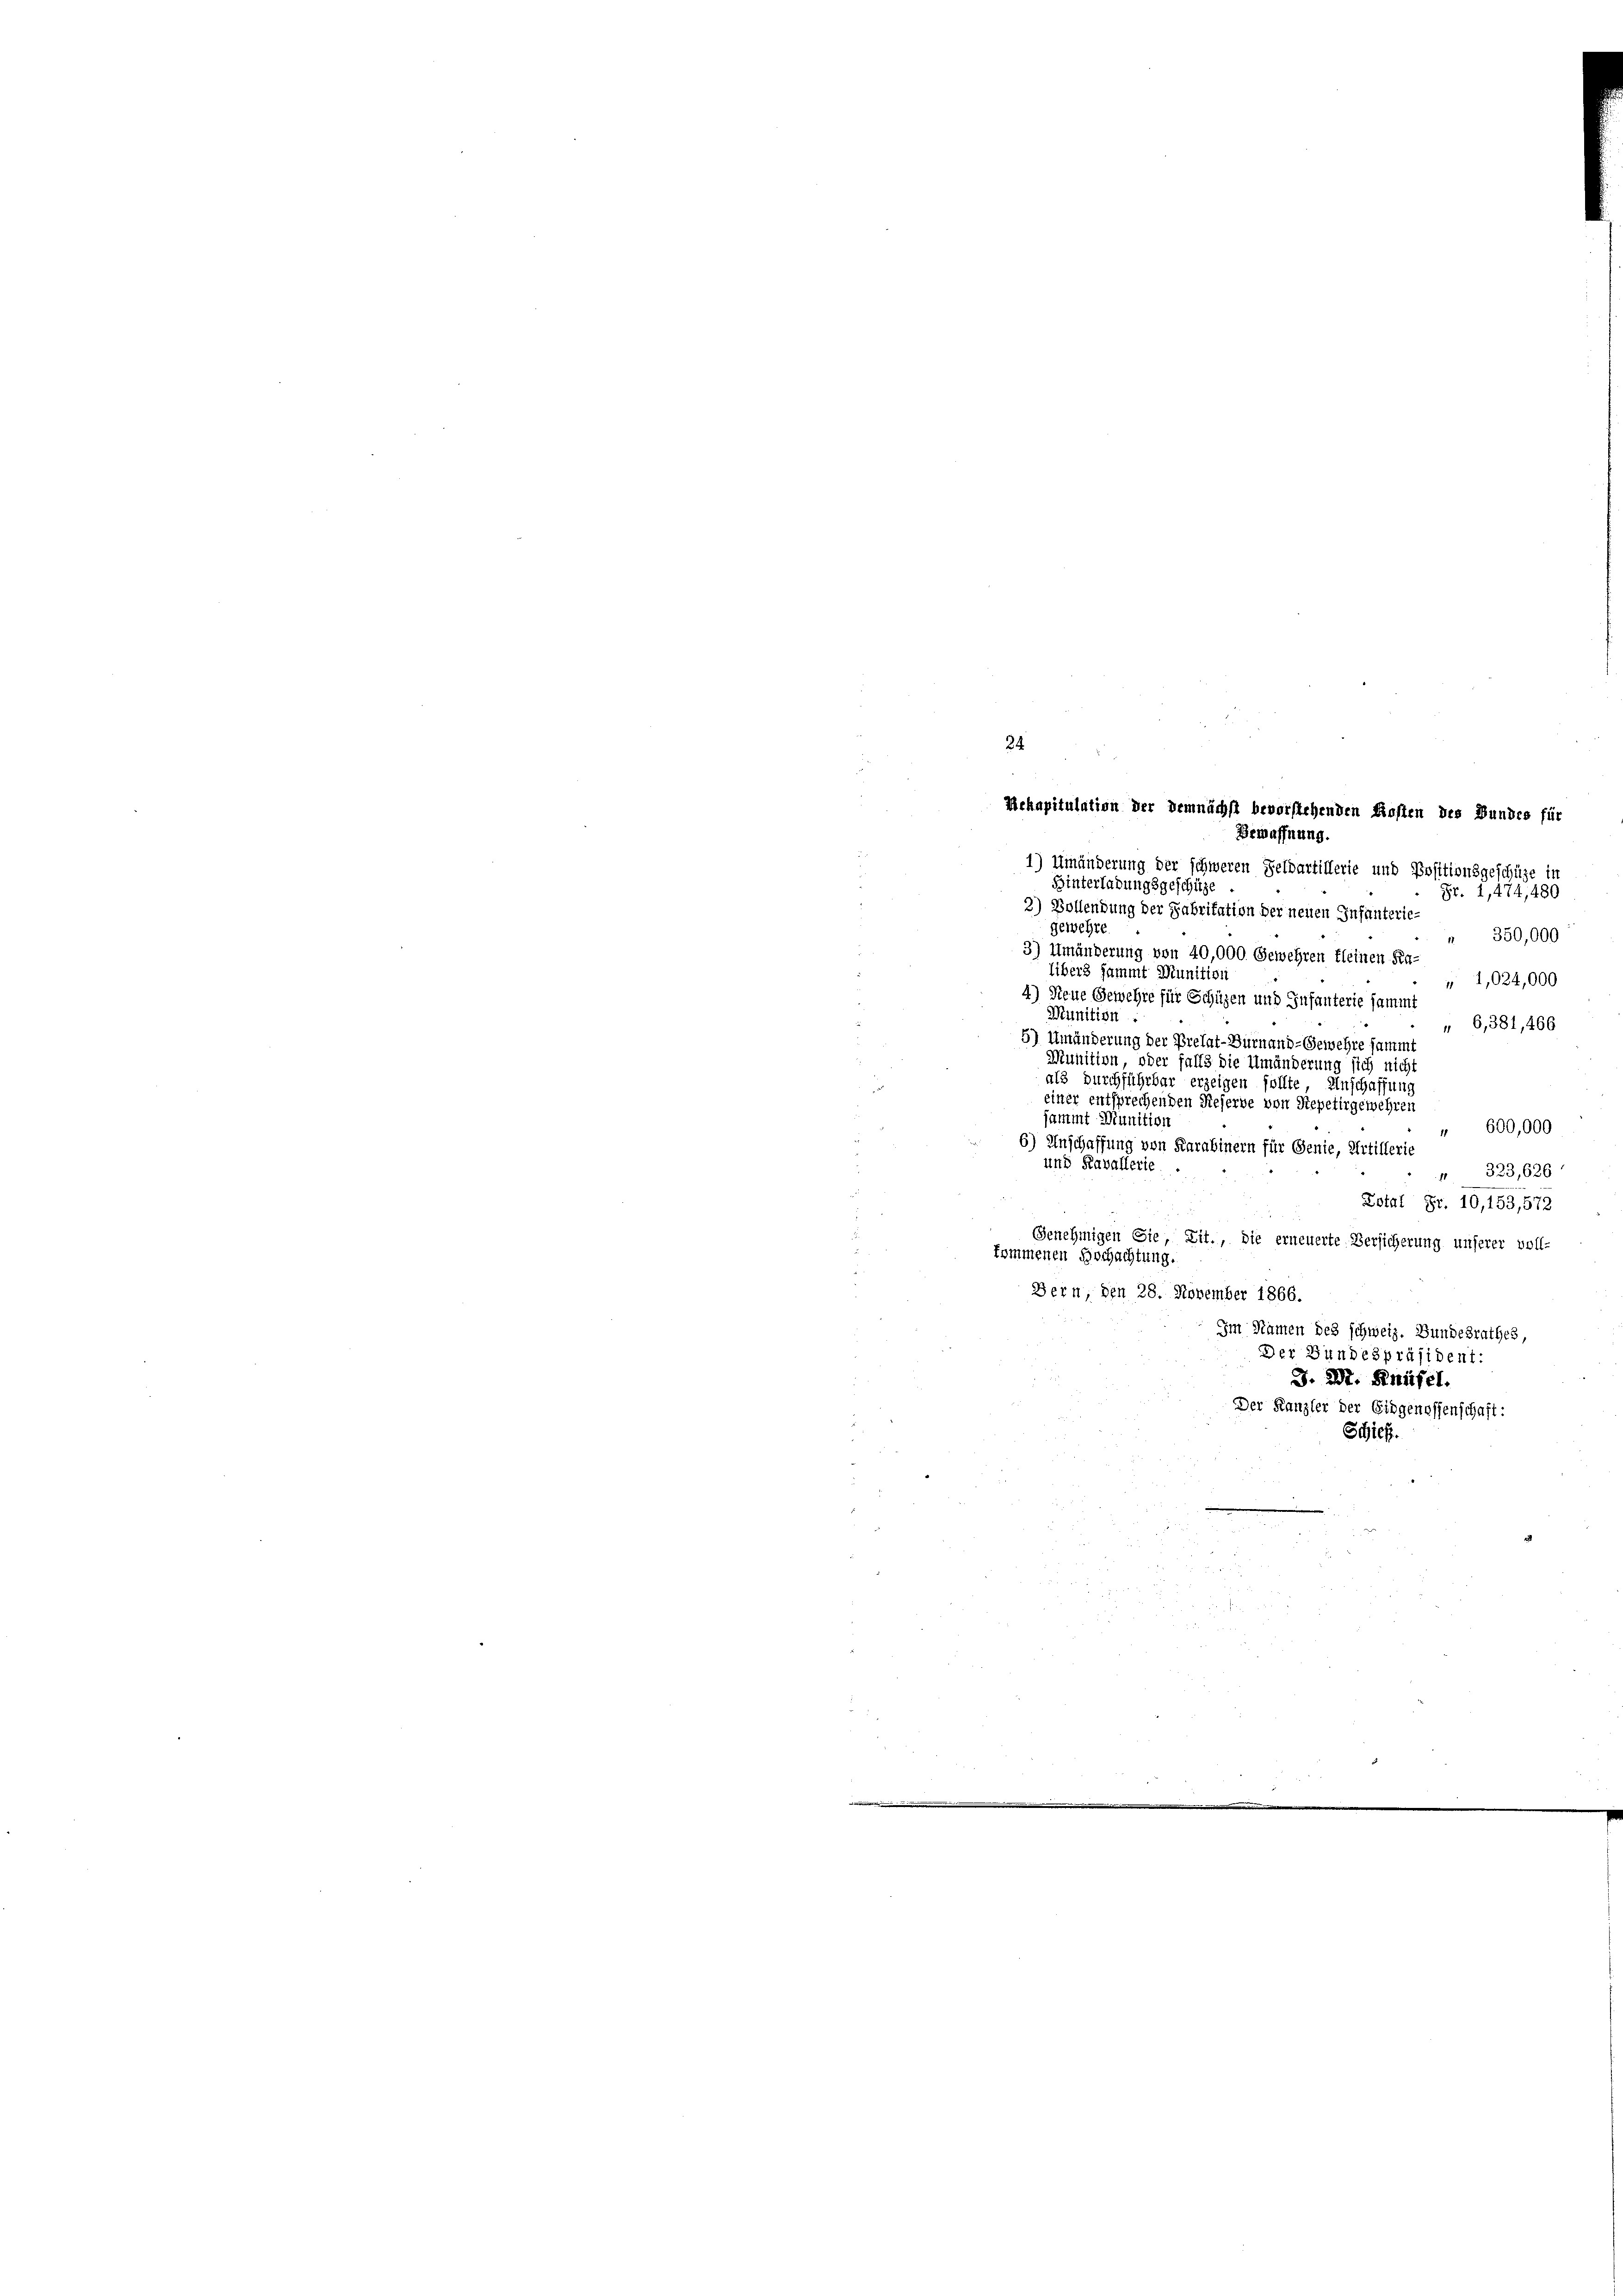
34
Mrkapitulation der demnächst bevorstehenden Kosten des Bundes für
Bewaffnung.

1) Umänderung der schweren Feldartillerie und Positionsgeschüze in
Hinterladungsgeschütze
Fr. 1,474, 480
2) Bollendung der Fabritation der neuen Infanterie-
gewehre.
" 350,000
3) Umänderung von 40,000. Gewehren fleinen Fa-
Übers sammt Munition
 1,024,000
4) Neue Gewehre für Schüzen und Infanterie sammt
Munition
6,381, 466
5) Umänderung der Prelat-Bürnand-Gewehre sammt
Munition, oder falls die Umänderung sich nicht
als durchführbar erzeigen sollte, Anschaffung
einer entsprechenden Reserve von Stepetirgewehren
sammt Munition
" 600,000
6) Anschaffung von Karabinern für Genie, Artillerie
und Kavallerie
 323,626
Lotal Fr. 10,153, 572
Genehmigen Sie, Lit., die erneuerte Versicherung unserer voll-
kommenen Hochachtung.
Bern, den 28. November 1866.
Im Namen des schweiz. Bundesrathes,
Der Bundespräsident:
J. 2t. Knüsel.
Der Kanzler der Eidgenossenschaft:
Schief